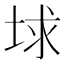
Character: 𡌋